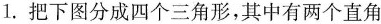
1.把下图分成四个三角形，其中有两个直角